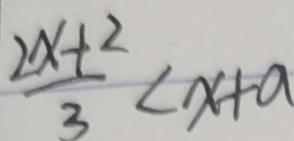
\frac { 2 x + 2 } { 3 } < x + a